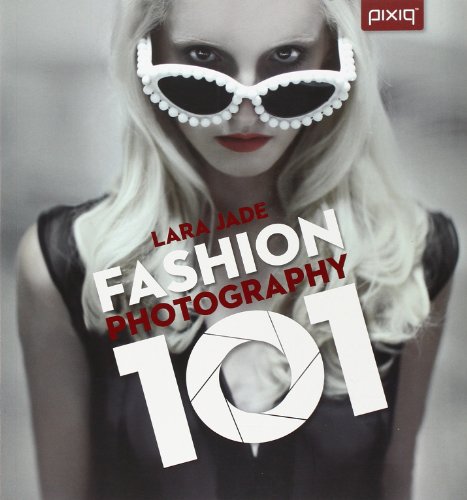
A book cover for Fashion Photography 101; Lara Jade; Arts & Photography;